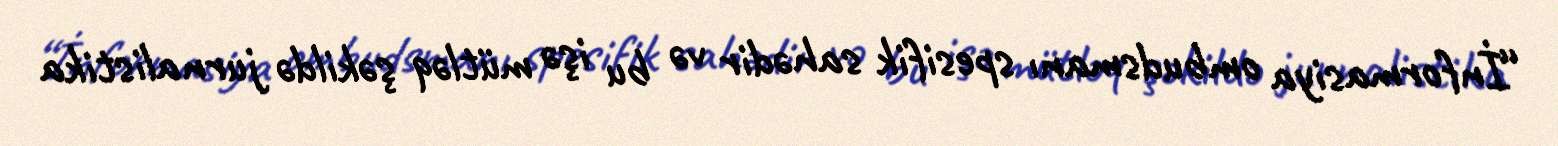
“İnformasiya ombudsmanı spesifik sahədir və bu işə mütləq şəkildə jurnalistika